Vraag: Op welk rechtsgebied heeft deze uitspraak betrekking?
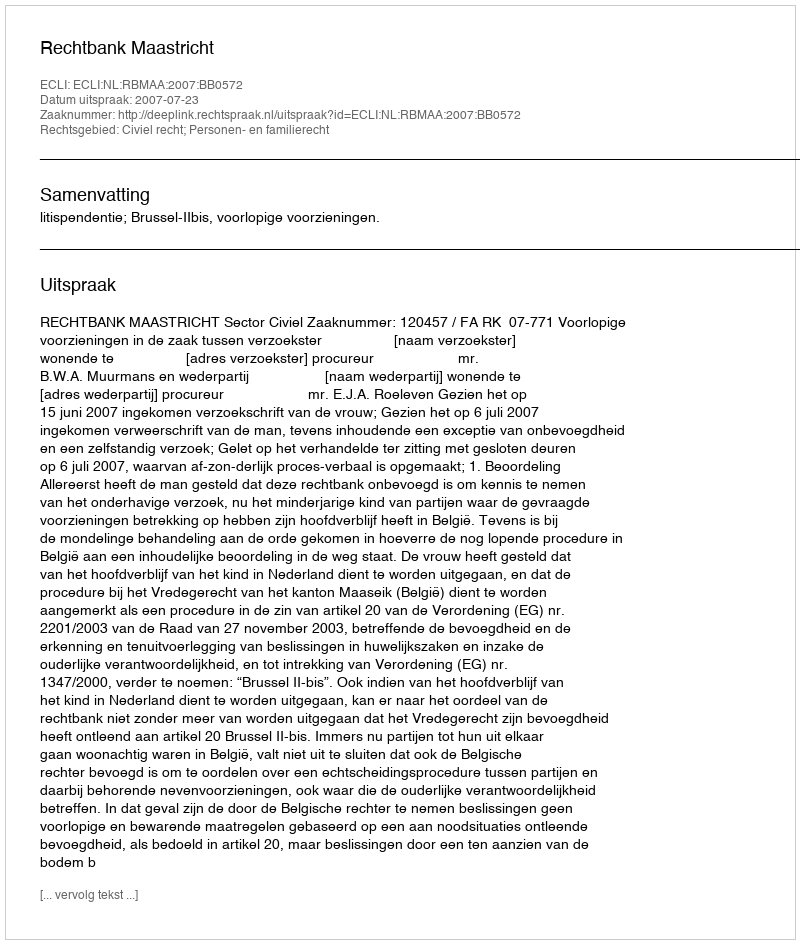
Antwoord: Civiel recht; Personen- en familierecht